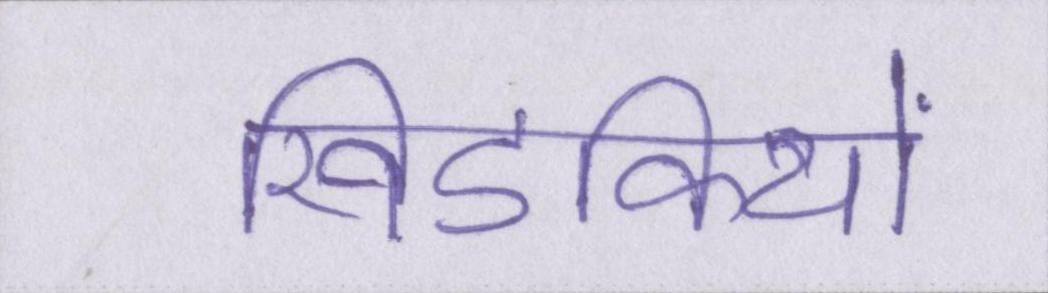
खिडकियों